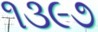
૧૩૯૭